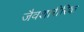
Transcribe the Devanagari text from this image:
जैवशारीरिक